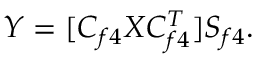
\begin{array} { r } { Y = [ C _ { f 4 } X C _ { f 4 } ^ { T } ] S _ { f 4 } . } \end{array}